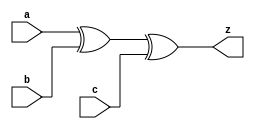
// This program was cloned from: https://github.com/siliconcompiler/lambdalib
// License: MIT License

//#############################################################################
//# Function: 3-Input XOR Gate                                                #
//# Copyright: Lambda Project Authors. All rights Reserved.                   #
//# License:  MIT (see LICENSE file in Lambda repository)                     #
//#############################################################################

module la_xor3 #(
    parameter PROP = "DEFAULT"
) (
    input  a,
    input  b,
    input  c,
    output z
);

    assign z = a ^ b ^ c;

endmodule